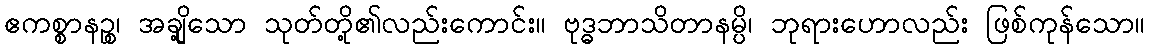
ဧကစ္စာနဉ္စ၊ အချို့သော သုတ်တို့၏လည်းကောင်း။ ဗုဒ္ဓဘာသိတာနမ္ပိ၊ ဘုရားဟောလည်း ဖြစ်ကုန်သော။